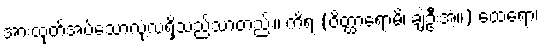
အားထုတ်အပ်သောလုံ့လရှိသည်သာတည်း။ ကိရ (ဝိတ္ထာရောမိ၊ ချဲ့ဦးအံ့။) ထေရော၊